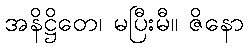
အနိဋ္ဌိတေ၊ မပြီးမီ။ ဇိနော